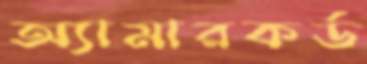
অ্যামারকর্ড